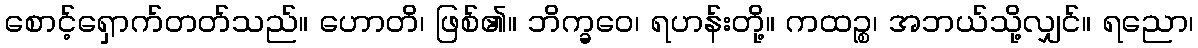
စောင့်ရှောက်တတ်သည်။ ဟောတိ၊ ဖြစ်၏။ ဘိက္ခဝေ၊ ရဟန်းတို့။ ကထဉ္စ၊ အဘယ်သို့လျှင်။ ရညော၊